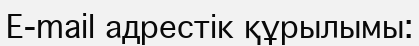
E-mail адрестік құрылымы: